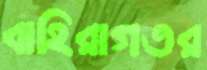
বাহিরাগতর